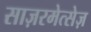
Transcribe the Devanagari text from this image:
साज़रमेत्सेज़